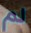
لم